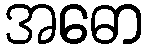
အဓော